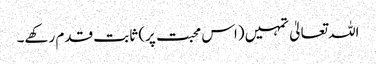
اللہ تعالیٰ تمہیں (اس محبت پر) ثابت قدم رکھے۔